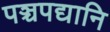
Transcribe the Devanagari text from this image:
पञ्चपद्यानि